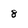
Character: 8